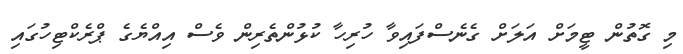
މި ގޮތުން ޓީމަށް އަލަށް ގެނެސްފައިވާ ހުރިހާ ކުޅުންތެރިން ވެސް އިއްޔެގެ ޕްރެކްޓިހުގައި